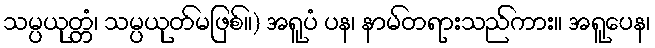
သမ္ပယုတ္တံ၊ သမ္ပယုတ်မဖြစ်။) အရူပံ ပန၊ နာမ်တရားသည်ကား။ အရူပေန၊